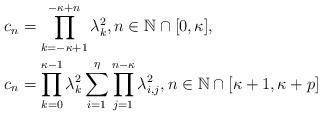
LaTeX: \begin{align*}c_{n} &= \prod_{k=-\kappa+1}^{-\kappa+n} \lambda_{k}^{2}, n\in\mathbb{N}\cap [0,\kappa],\\c_{n} &= \prod_{k=0}^{\kappa-1}\lambda_{k}^{2}\sum_{i=1}^{\eta} \prod_{j=1}^{n-\kappa}\lambda_{i, j}^{2}, n\in\mathbb{N}\cap [\kappa+1,\kappa+p]\end{align*}